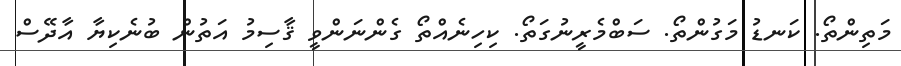
މަތިންތޯ. ކަނޑު މަގުންތޯ. ސަބްމެރީނުގަތޯ. ކިހިނެއްތޯ ގެންނަންވީ ޤާސިމު އަތުން ބުނެކިޔާ އާދޭސް